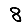
Digit: 8